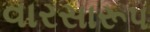
વારસારૂપ